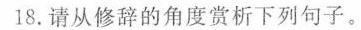
18.请从修辞的角度赏析下列句子。